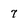
Character: 7